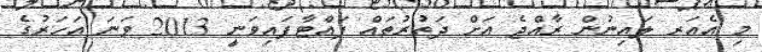
މި އެއަރ ލައިނުން ރާއްޖެ އަށް ދަތުރުތައް ފައްޓާފައިވަނީ 2013 ވަނަ އަހަރުގެ